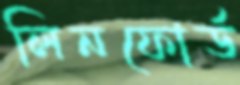
লিনফোর্ড